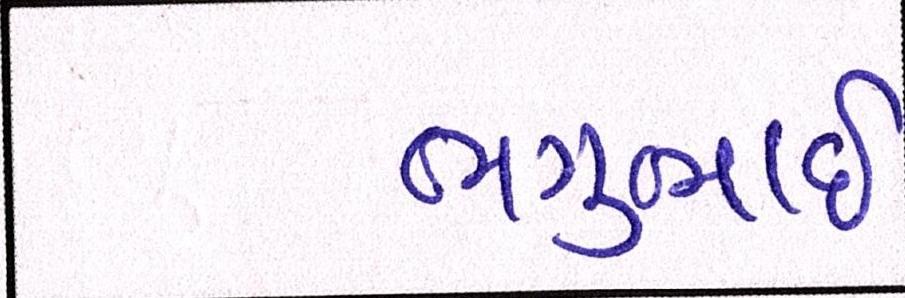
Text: ભગુભાઇ